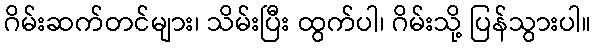
ဂိမ်းဆက်တင်များ၊ သိမ်းပြီး ထွက်ပါ၊ ဂိမ်းသို့ ပြန်သွားပါ။